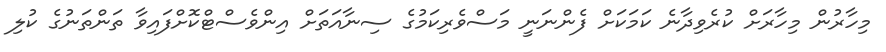
މިހާރުން މިހާރަށް ކުރެވިދާނެ ކަމަކަށް ފެންނަނީ މަސްވެރިކަމުގެ ސިނާއަތަށް އިންވެސްޓްކޮށްފައިވާ ތަންތަނުގެ ކުލި